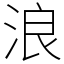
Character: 浪